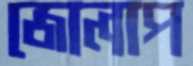
জোলাপ